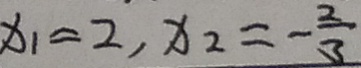
x _ { 1 } = 2 , x _ { 2 } = - \frac { 2 } { 3 }